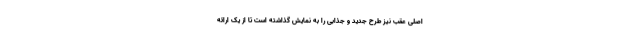
اصلی عقب نیز طرح جدید و جذابی را به نمایش گذاشته است تا از یک ارائه